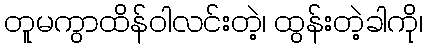
တူမကွာထိန်ဝါလင်းတဲ့၊ ထွန်းတဲ့ခါကို၊